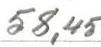
58,45